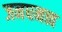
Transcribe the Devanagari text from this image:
जनघनत्त्व